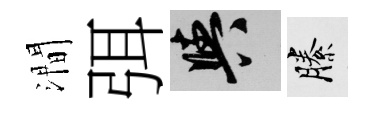
澗弭阳縢